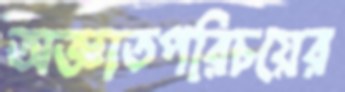
অজ্ঞাতপরিচয়ের